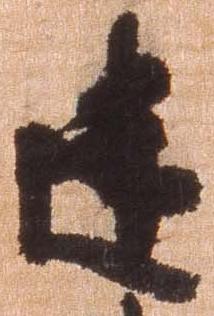
建